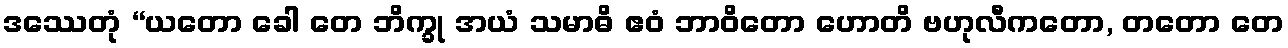
ဒဿေတုံ “ယတော ခေါ တေ ဘိက္ခု အယံ သမာဓိ ဧဝံ ဘာဝိတော ဟောတိ ဗဟုလီကတော, တတော တေ